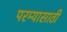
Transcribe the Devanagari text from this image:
परम्यासाठी